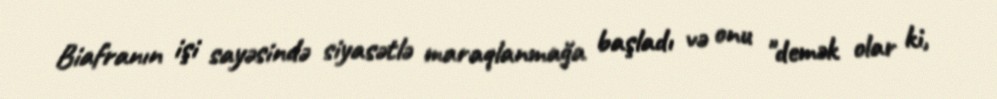
Biafranın işi sayəsində siyasətlə maraqlanmağa başladı və onu "demək olar ki,